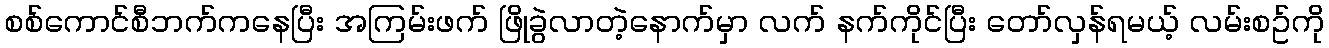
စစ်ကောင်စီဘက်ကနေပြီး အကြမ်းဖက် ဖြိုခွဲလာတဲ့နောက်မှာ လက် နက်ကိုင်ပြီး တော်လှန်ရမယ့် လမ်းစဥ်ကို